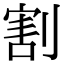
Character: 割